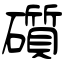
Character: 礩